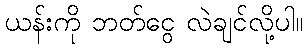
ယန်းကို ဘတ်ငွေ လဲချင်လို့ပါ။